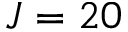
J = 2 0